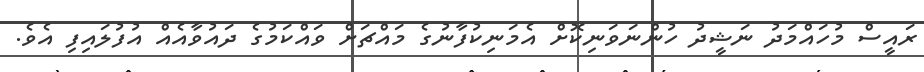
ރައީސް މުހައްމަދު ނަޝީދު ހުންނަވަނިކޮށް އެމަނިކުފާނުގެ މައްޗަށް ވައްކަމުގެ ދައުވާއެއް އުފުލައިފި އެވެ.